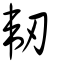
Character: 韌